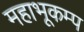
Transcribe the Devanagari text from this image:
महाभूकम्प